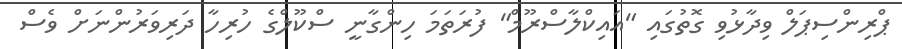
ޕްރިންސިޕަލް ވިދާޅުވި ގޮތުގައި "އައިކްލާސްރޫމް" ފުރަތަމަ ހިންގާނީ ސްކޫލްގެ ހުރިހާ ދަރިވަރުންނަށް ވެސް